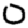
Digit: 0